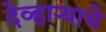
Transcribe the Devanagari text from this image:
देव्हाऱ्याचे